Report on vaccination in the Province of Bengal - 1869-1873
Year: 1869
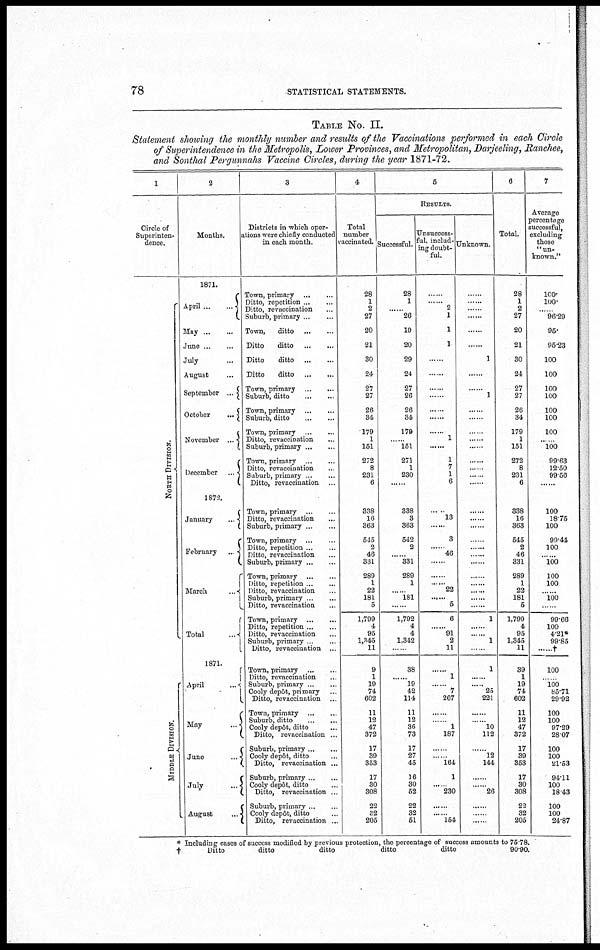
78
STATISTICAL STATEMENTS.
TABLE No. II.
Statement showing the monthly number and results of the Vaccinations performed in each Circle
of Superintendence in the Metropolis, Lower Provinces, and Metropolitan, Darjeeling, Ranchee,
and Sonthal Pergunnahs Vaccine Circles, during the year 1871-72.
1
Circle of
Superinten-
dence.
North Division.
Middle Division
2
Months.
1871.
April...
...
May...
...
June...
...
July...
August...
September...
October...
November ...
December ...
1872.
January...
February...
March
...
Total...
1871.
April...
May
...
June
...
July
...
August
...
3
Districts in which oper-
ations were chiefly conducted
in each month.
Town,
primary...
...
Ditto, repetition.. ...
Ditto, revaccination... ...
Suburb, primary... ... ...
Town,
ditto... ...
Ditto
ditto
...
...
Ditto
ditto ... ... ...
Ditto
ditto
...
...
Town, primary
...
...
Suburb, ditto
...
...
Town, primary ... ...
Suburb, ditto
...
...
Town, primary... ... ...
Ditto, revaccination... ... ...
Suburb, primary... ... ...
Town, primary... ... ...
Ditto, revaccination... ... ...
Suburb, primary... ... ...
Ditto, revaccination ... ... ...
Town, primary
...
...
Ditto, revaccination... ...
Suburb, primary...
...
Town, primary... ... ...
Ditto, repetition... ...
Ditto, revaccination... ...
Suburb, primary...
...
Town,
primary...
...
Ditto, repetition.. ...
Ditto, revaccination ...
Suburb, primary...
...
Ditto, revaccination... ...
Town,
primary...
...
Ditto,
repetition... ...
Ditto, revaccination... ...
Suburb, primary...
...
Ditto, revaccination... ...
Town,
primary...
...
Ditto, revaccination... ...
Suburb, primary.. ...
Cooly depôt, primary... ...
Ditto, revaccination... ...
Town,
primary...
...
Suburb, ditto
...
...
Cooly depôt, ditto...
Ditto, revaccination... ...
Suburb, primary...
...
Cooly depôt, ditto... ...
Ditto, revaccination ...
Suburb, primary... ...
Cooly depôt, ditto... ...
Ditto, revaccination ...
Suburb, primary...
...
Cooly depôt, ditto... ...
Ditto, revaccination... ...
4
Total
number
vaccinated.
28
1
2
27
20
21
30
24
27
27
26
34
179
1
151
272
8
231
6
338
16
363
545
2
46
331
289
1
22
181
5
1,799
4
95
1,345
11
9
1
19
74
602
11
12
47
372
17
39
353
17
30
308
22
32
205
5
RESULTS.
Successful.
28
1
...... 26
19
20
29
24
27
26
26
34
179
...... 151
271
1
230
......
338
3
363
542
2
...... 331
289
1
...... 181
......
1,792
4
4
1,342
......
38
...... 19
42
114
11
12
36
73
17
27
45
16
30
52
22
32
51
Unsuccess-
ful, includ-
ing doubt-
ful.
......
...... 2
1
1
1
......
......
......
......
......
......
1
......
1
7
1
6
13
......
3
... . 46
......
......
22
......
5
6
......
91
2
11
......
1
......
7
267
......
......
1
187
......
...... 164
1
...... 230
......
...... 154
Unknown.
......
......
......
......
......
......
1
......
......
1
......
......
......
......
......
......
......
... ..
... ..
......
......
......
......
......
......
......
......
... ..
......
... ..
1
......
...... 1
......
1
......
...... 25
221
......
...... 10
112
......
12
144
......
...... 26
......
......
......
6
Total.
28
1
2
27
20
21
30
24
27
27
26
34
179
1
151
272
8
231
6
338
16
363
545
2
46
331
289
1
22
181
5
1,799
4
95
1,345
11
39
1
19
74
602
11
12
47
372
17
39
353
17
30
308
22
32
205
7
Average
percentage
successful,
excluding
those
"un-
known."
100.
100.
......
96.29
95.
95.23
100
100
100
100
100
100
100
..
100
99.63
12.50
99.56
......
100
18.75
100
99.44
100
...... 100
100
100
...... 100
... ..
99.66
100
4.21*
99.85
†
100
...... 100
85.71
29.92
100
100
97.29
28.07
100
100
21.53
94.11
100
18.43
100
100
24.87
* Including cases of success modified by previous protection, the percentage of success amounts to
†
Ditto
ditto
ditto
ditto
ditto
75.78.
90.90.